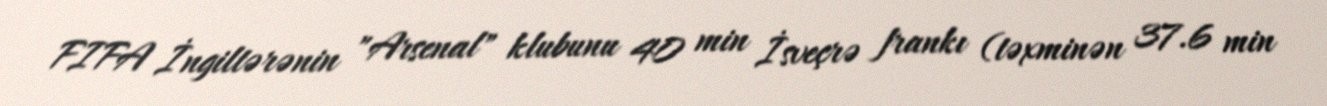
FIFA İngiltərənin "Arsenal" klubunu 40 min İsveçrə frankı (təxminən 37.6 min